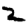
Digit: 2